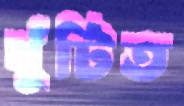
খুঁটিত